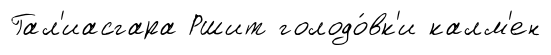
Гал'иасгара Ршит голодо́вк'и калм'ен